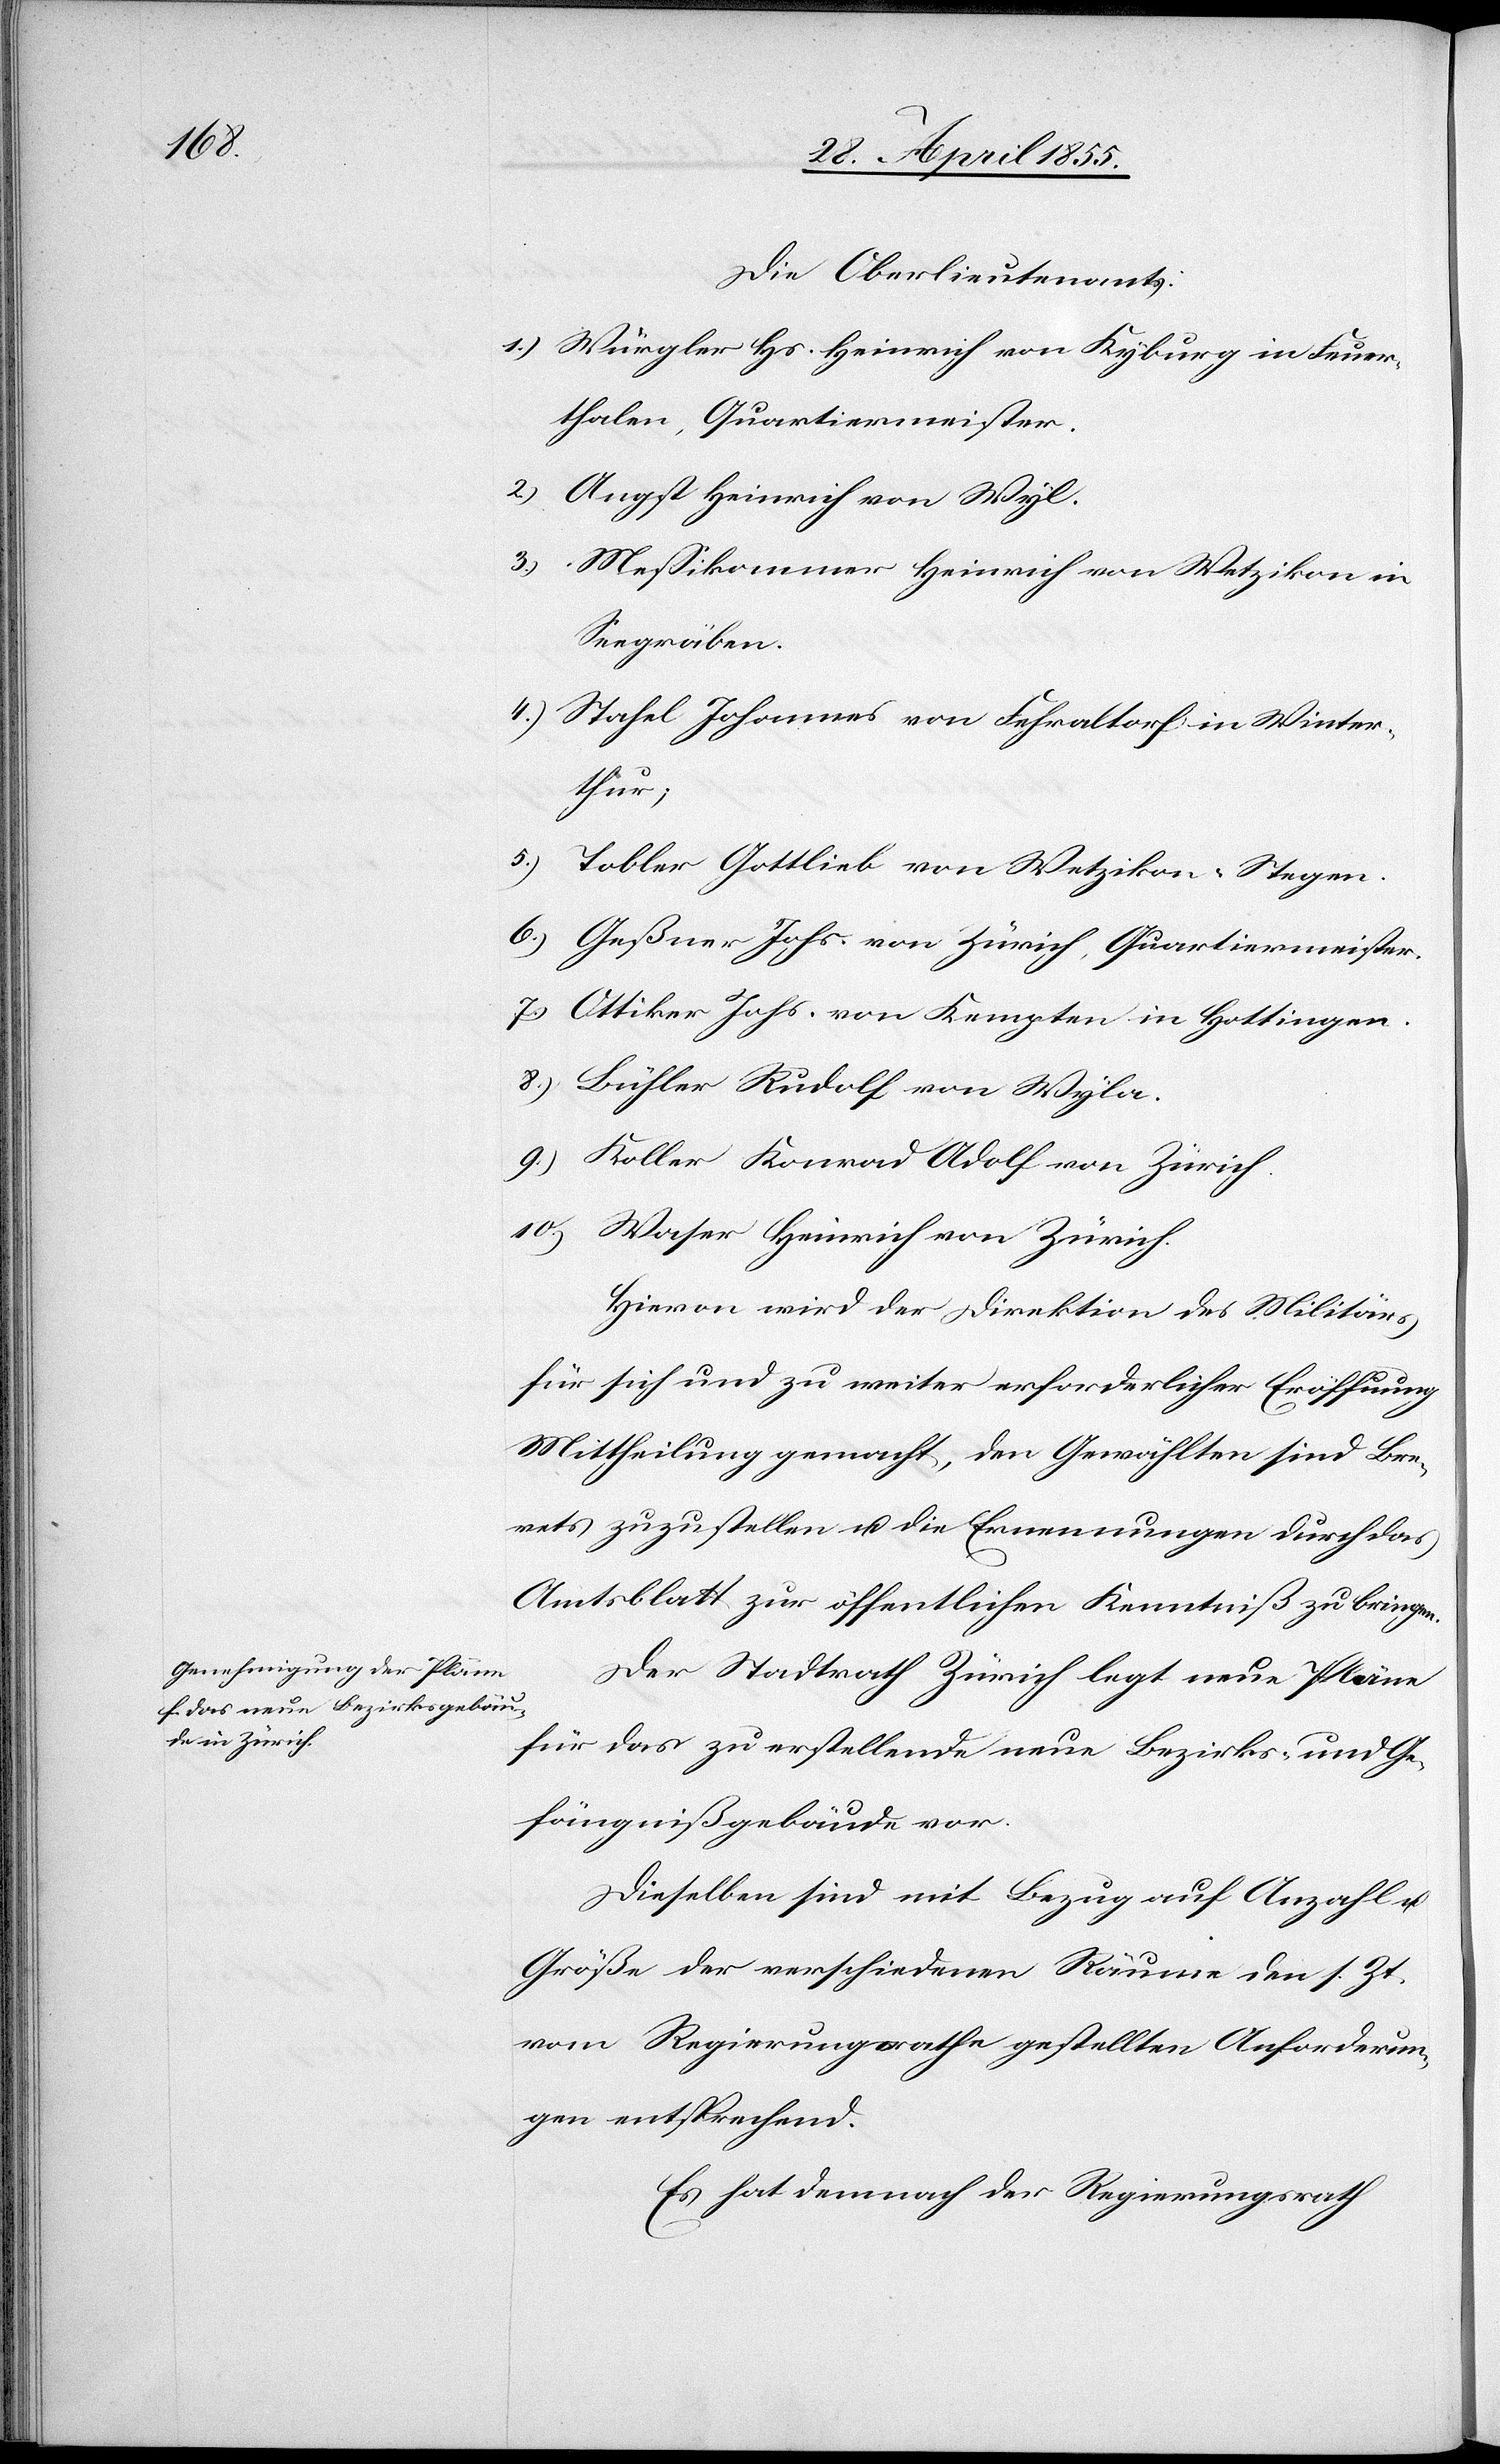
Die Oberlieutenants:
1.) Würgler Hs. Heinrich von Kyburg in Feuer¬
thalen, Quartiermeister.
2) Angst Heinrich von Wyl.
3.) Messikommer Heinrich von Wetzikon in
Seegräben.
4.) Stahel Johannes von Fehraltorf in Winter¬
thur;
5.) Tobler Gottlieb von Wetzikon-Stegen.
6.) Geßner Johs. von Zürich, Quartiermeister.
7.) Ottiker Johs. von Kempten in Hottingen.
8.) Bühler Rudolf von Wyla.
9.) Keller Konrad Adolf von Zürich.
10.) Waser Heinrich von Zürich.
Hievon wird der Direktion des Militärs
für sich und zu weiter erforderlicher Eröffnung
Mittheilung gemacht, den Gewählten sind Bre¬
vets zuzustellen u. die Ernennungen durch das
Amtsblatt zur öffentlichen Kenntniß zu bringen.
Der Stadtrath Zürich legt neue Pläne
für das zu erstellende neue Bezirks- und Ge¬
fängnißgebäude vor.
Dieselben sind mit Bezug auf Anzahl u.
Größe der verschiedenen Räume den s. Zt.
vom Regierungsrathe gestellten Anforderun¬
gen entsprechend.
Es hat demnach der Regierungsrath